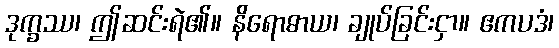
ဒုက္ခဿ၊ ဤဆင်းရဲ၏။ နိရောဓာယ၊ ချုပ်ခြင်းငှာ။ ဧကပဒံ၊